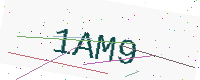
Text: 1AM9